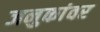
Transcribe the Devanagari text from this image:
जनुकांवर